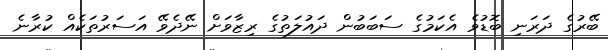
ބޭރުގެ ދަރަނި ބޮޑުވެ އެކަމުގެ ސަބަބުން ދައުލަތުގެ ރިޒާވަށް ނޭދެވޭ އަސަރުތަކެއް ކުރާނެ